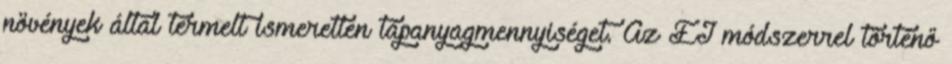
növények által termelt ismeretlen tápanyagmennyiséget. Az EI módszerrel történő